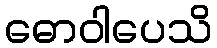
ဓောဝါပေသိ